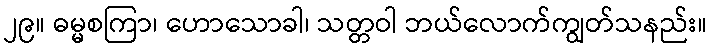
၂၉။ ဓမ္မစကြာ၊ ဟောသောခါ၊ သတ္တဝါ ဘယ်လောက်ကျွတ်သနည်း။